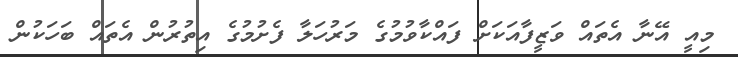
މިއީ އޭނާ އެތައް ވަޒީފާއަކަށް ފައްކާވުމުގެ މަރުހަލާ ފެށުމުގެ އިތުރުން އެތައް ބަހަކުން